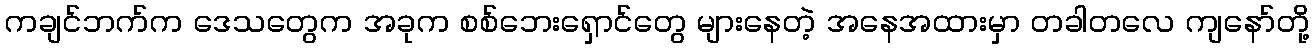
ကချင်ဘက်က ဒေသတွေက အခုက စစ်ဘေးရှောင်တွေ များနေတဲ့ အနေအထားမှာ တခါတလေ ကျနော်တို့